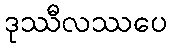
ဒုဿီလဿပေ